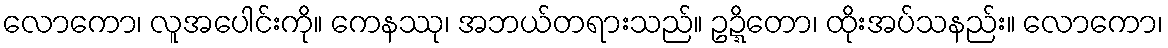
လောကော၊ လူအပေါင်းကို။ ကေနဿု၊ အဘယ်တရားသည်။ ဥဍ္ဍိတော၊ ထိုးအပ်သနည်း။ လောကော၊